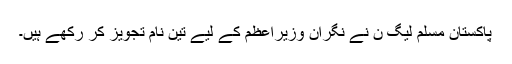
پاکستان مسلم لیگ ن نے نگران وزیراعظم کے لیے تین نام تجویز کر رکھے ہیں۔